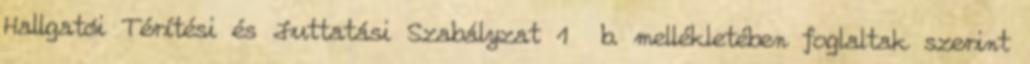
Hallgatói Térítési és Juttatási Szabályzat 1 b. mellékletében foglaltak szerint